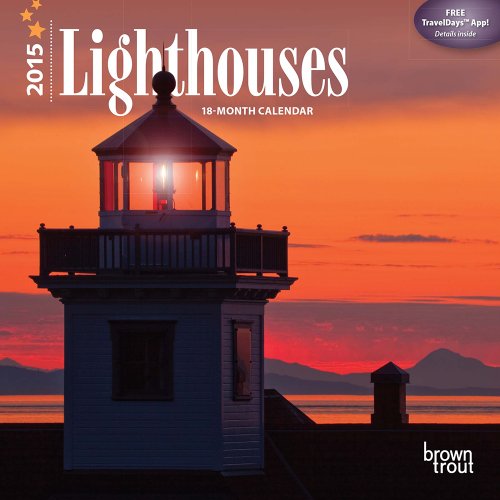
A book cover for Lighthouses 2015 Mini 7x7 (Multilingual Edition); BrownTrout; Calendars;